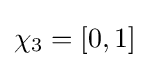
\chi _{3}=[0,1]